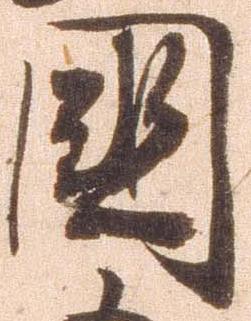
国